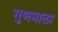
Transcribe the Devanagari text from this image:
गुणमाला